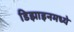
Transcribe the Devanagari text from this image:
डिझाइनमध्ये